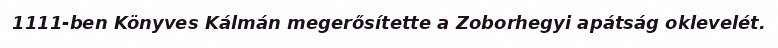
1111-ben Könyves Kálmán megerősítette a Zoborhegyi apátság oklevelét.